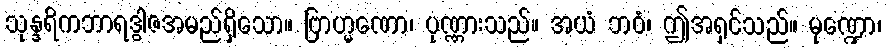
သုန္ဒရိကဘာရဒွါဇအမည်ရှိသော။ ဗြာဟ္မဏော၊ ပုဏ္ဏားသည်။ အယံ ဘဝံ၊ ဤအရှင်သည်။ မုဏ္ဍော၊